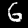
Label: 6